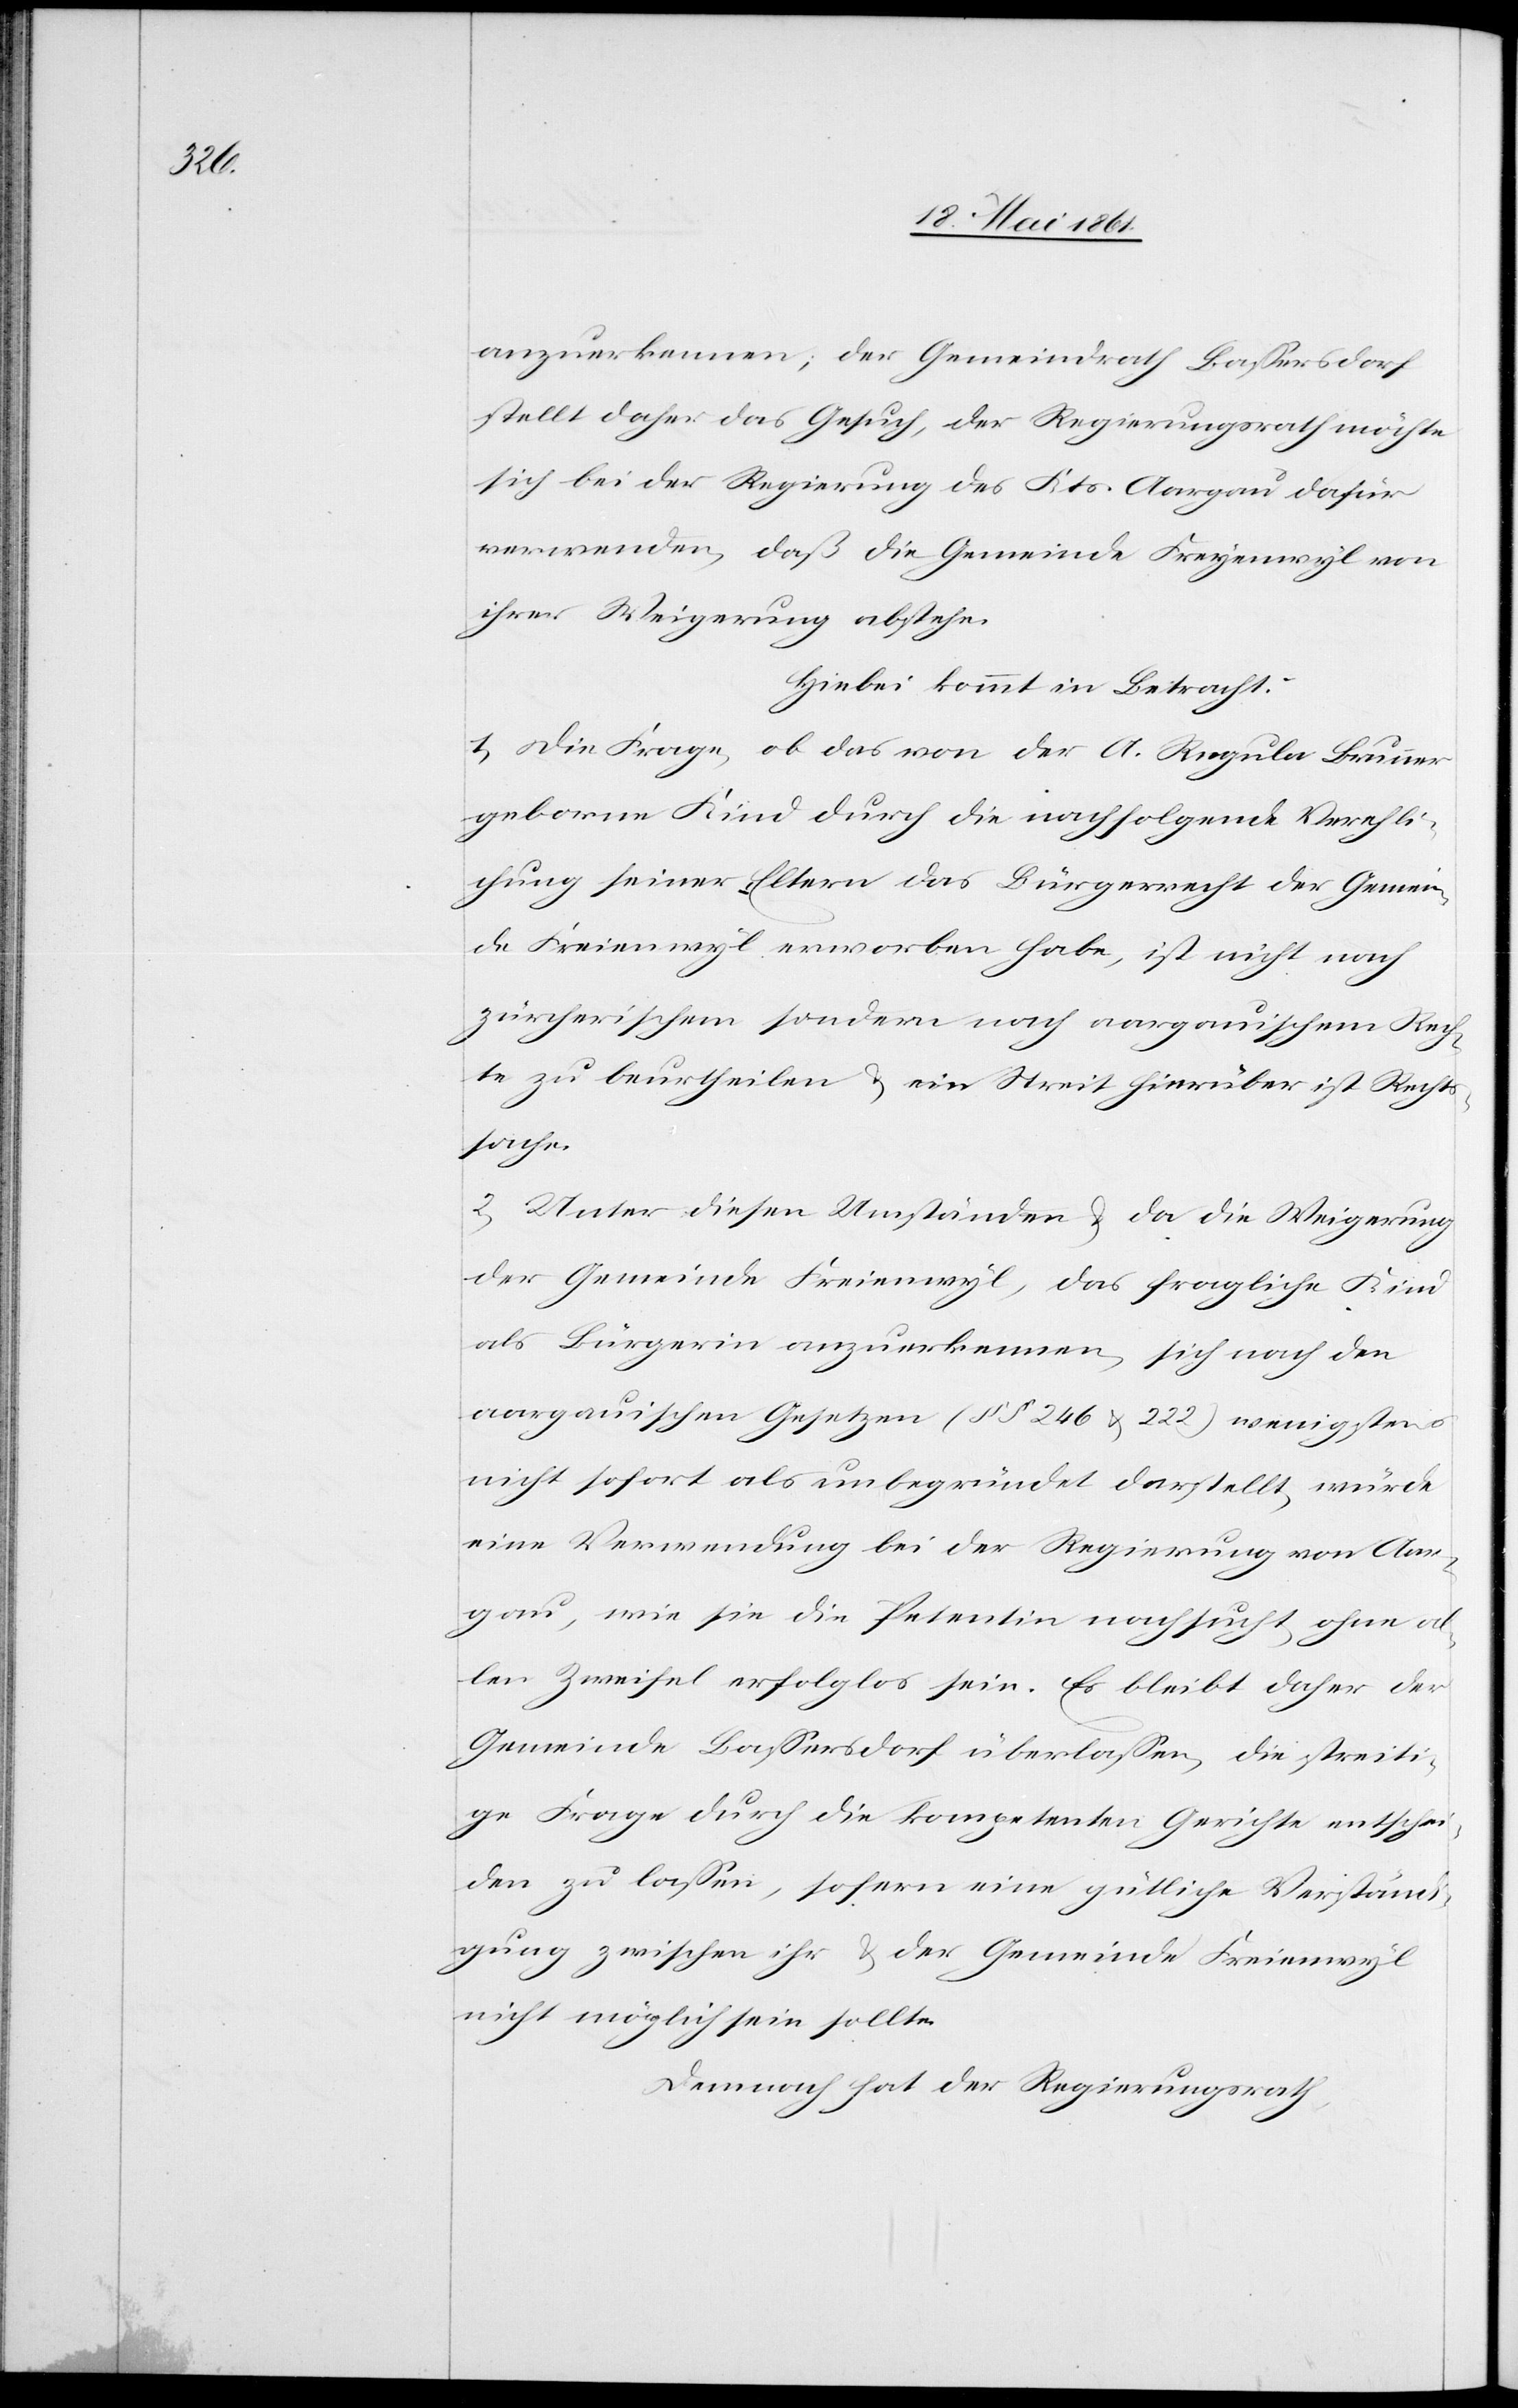
anzuerkennen, der Gemeindrath Bassersdorf
stellt daher das Gesuch, der Regierungsrath möchte
sich bei der Regierung des Kts. Aargau dafür
verwenden, daß die Gemeinde Freyenwyl von
ihrer Weigerung abstehe.
Hiebei kommt in Betracht:
1) Die Frage, ob das von der A. Regula Brunner
geborne Kind durch die nachfolgende Verehli¬
chung seiner Eltern das Bürgerrecht der Gemein¬
de Freienwyl erworben habe, ist nicht nach
zürcherischem sondern nach aargauischem Rech¬
te zu beurtheilen u. ein Streit hierüber ist Rechts¬
sache.
2) Unter diesen Umständen u. da die Weigerung
der Gemeinde Freienwyl, das fragliche Kind
als Bürgerin anzuerkennen, sich nach den
aargauischen Gesetzen (§§ 246 u. 222) wenigstens
nicht sofort als unbegründet darstellt, würde
eine Verwendung bei der Regierung von Aar¬
gau, wie sie die Petentin nachsucht, ohne al¬
len Zweifel erfolglos sein. Es bleibt daher der
Gemeinde Bassersdorf überlassen, die streiti¬
ge Frage durch die kompetenten Gerichte entschei¬
den zu lassen, sofern eine gütliche Verständi¬
gung zwischen ihr u. der Gemeinde Freienwyl
nicht möglich sein sollte.
Demnach hat der Regierungsrath